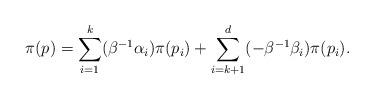
LaTeX: \begin{align*} \pi(p) = \sum_{i=1}^k (\beta^{-1}\alpha_i) \pi(p_i) + \sum_{i=k+1}^d (-\beta^{-1}\beta_i) \pi(p_i). \end{align*}